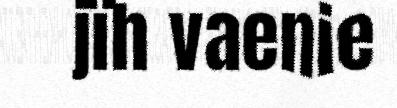
jïh vaenie